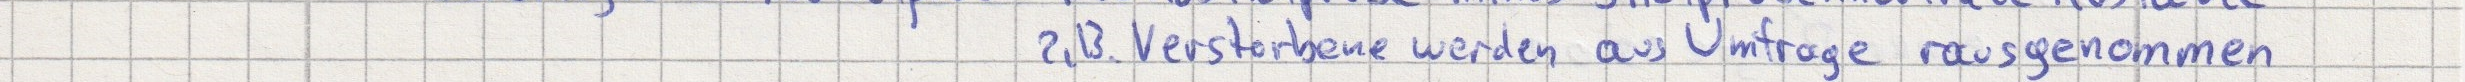
z.B. Verstorbene werden aus Umfrage rausgenommen